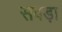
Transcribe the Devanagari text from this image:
सवड़ा